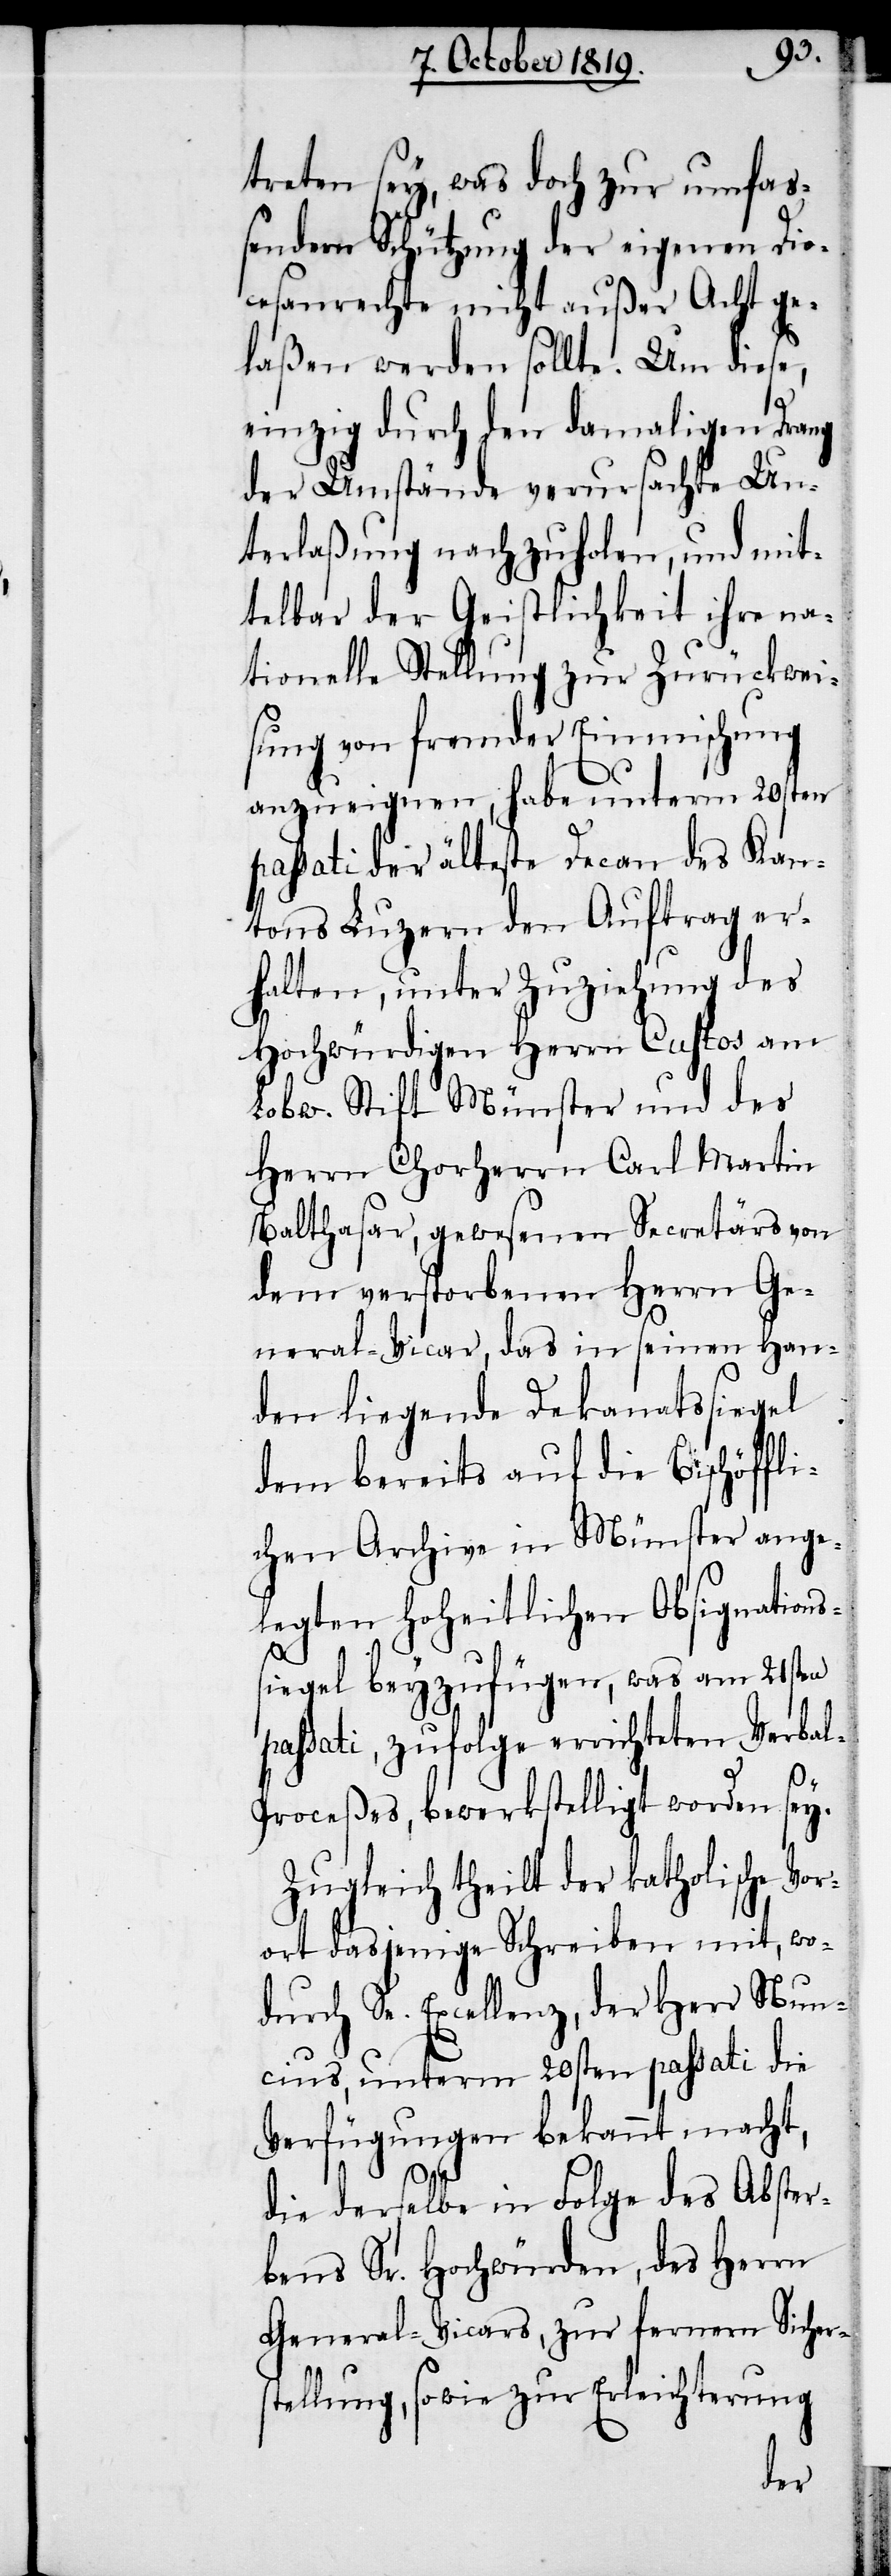
treten sey, was doch zur umfas¬
sendern Schützung der eigenen Dio¬
cesanrechte nicht außer Acht ge¬
laßen werden sollte. Um diese,
einzig durch den damaligen Drang
der Umstände verursachte Un¬
terlaßung nachzuholen, und mit¬
telbar der Geistlichkeit ihre na¬
tionelle Stellung zur Zurückwei¬
sung von fremder Einmischung
anzueignen, habe unterem 20sten
passati der älteste Decan des Kan¬
tons Luzern den Auftrag er¬
halten, unter Zuziehung des
Hochwürdigen Herrn Custos am
Lobw. Stift Münster und des
Herrn Chorherrn Carl Martin
Balthasar, gewesenen Secretärs von
dem verstorbenen Herrn Ge¬
neral-Vicar, das in seinen Han¬
den liegende Dekanatssiegel
dem bereits auf die Bischöffli¬
chen Archive in Münster ange¬
legten Hoheitlichen Obsignations¬
siegel beyzufügen, was am 21sten
passati, zufolge errichteten Verba¬
l-Proceßes, bewerkstelligt worden sey.
Zugleich theilt der katholische Vor¬
ort dasjenige Schreiben mit, wo¬
durch Se. Excellenz, der Herr Nun¬
cius, unterm 20sten passati die
Verfügungen bekannt macht,
die derselbe in Folge des Abster¬
bens Sr. Hochwürden, des Herrn
General-Vicars, zur fernern Sichers¬
tellung, sowie zur Erleichterung